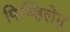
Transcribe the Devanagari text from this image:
पिच्हिलेमु